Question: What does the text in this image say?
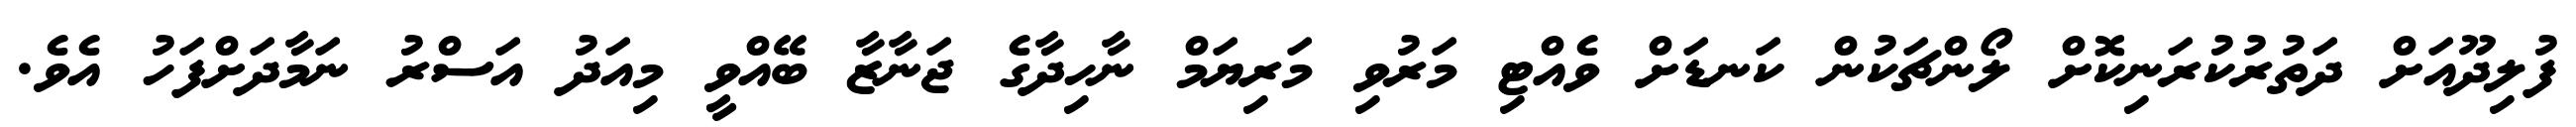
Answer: ފުލިދޫއަށް ދަތުރުކުރަނިކޮށް ލޯންޗަކުން ކަނޑަށް ވެއްޓި މަރުވި މަރިޔަމް ނާހިދާގެ ޖަނާޒާ ބޭއްވީ މިއަދު އަސްރު ނަމާދަށްފަހު އެވެ.